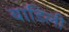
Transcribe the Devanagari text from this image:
बाडिली